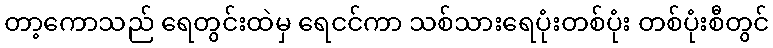
တာ့ကောသည် ရေတွင်းထဲမှ ရေငင်ကာ သစ်သားရေပုံးတစ်ပုံး တစ်ပုံးစီတွင်